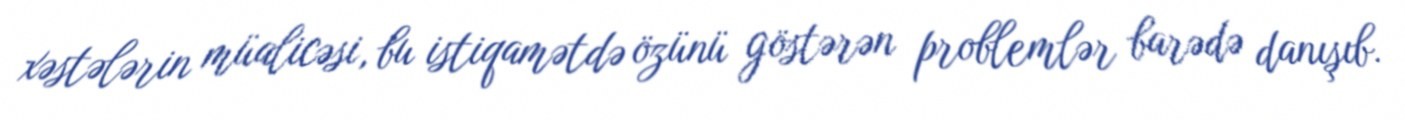
xəstələrin müalicəsi, bu istiqamətdə özünü göstərən problemlər barədə danışıb.